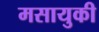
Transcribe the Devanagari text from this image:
मसायुकी